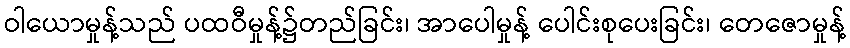
ဝါယောမှုန့်သည် ပထဝီမှုန့်၌တည်ခြင်း၊ အာပေါမှုန့် ပေါင်းစုပေးခြင်း၊ တေဇောမှုန့်